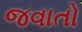
જવાતો